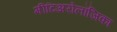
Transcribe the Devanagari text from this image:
मीटिअरोलॉजिका